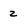
Character: 2